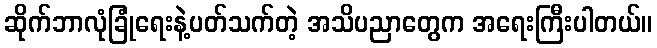
ဆိုက်ဘာလုံခြုံရေးနဲ့ပတ်သက်တဲ့ အသိပညာတွေက အရေးကြီးပါတယ်။